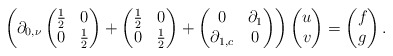
\begin{align*}\left(\partial_{0,\nu}\begin{pmatrix}\frac{1}{2} & 0\\0 & \frac{1}{2}\end{pmatrix}+\begin{pmatrix}\frac{1}{2} & 0\\0 & \frac{1}{2}\end{pmatrix}+\begin{pmatrix}0 & \partial_{1}\\\partial_{1,c} & 0\end{pmatrix}\right)\begin{pmatrix}u\\v\end{pmatrix}=\begin{pmatrix}f\\g\end{pmatrix}.\end{align*}